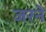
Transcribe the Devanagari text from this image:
जरने